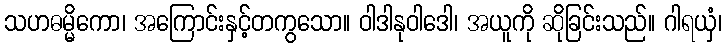
သဟဓမ္မိကော၊ အကြောင်းနှင့်တကွသော။ ဝါဒါနုဝါဒေါ၊ အယူကို ဆိုခြင်းသည်။ ဂါရယှံ၊